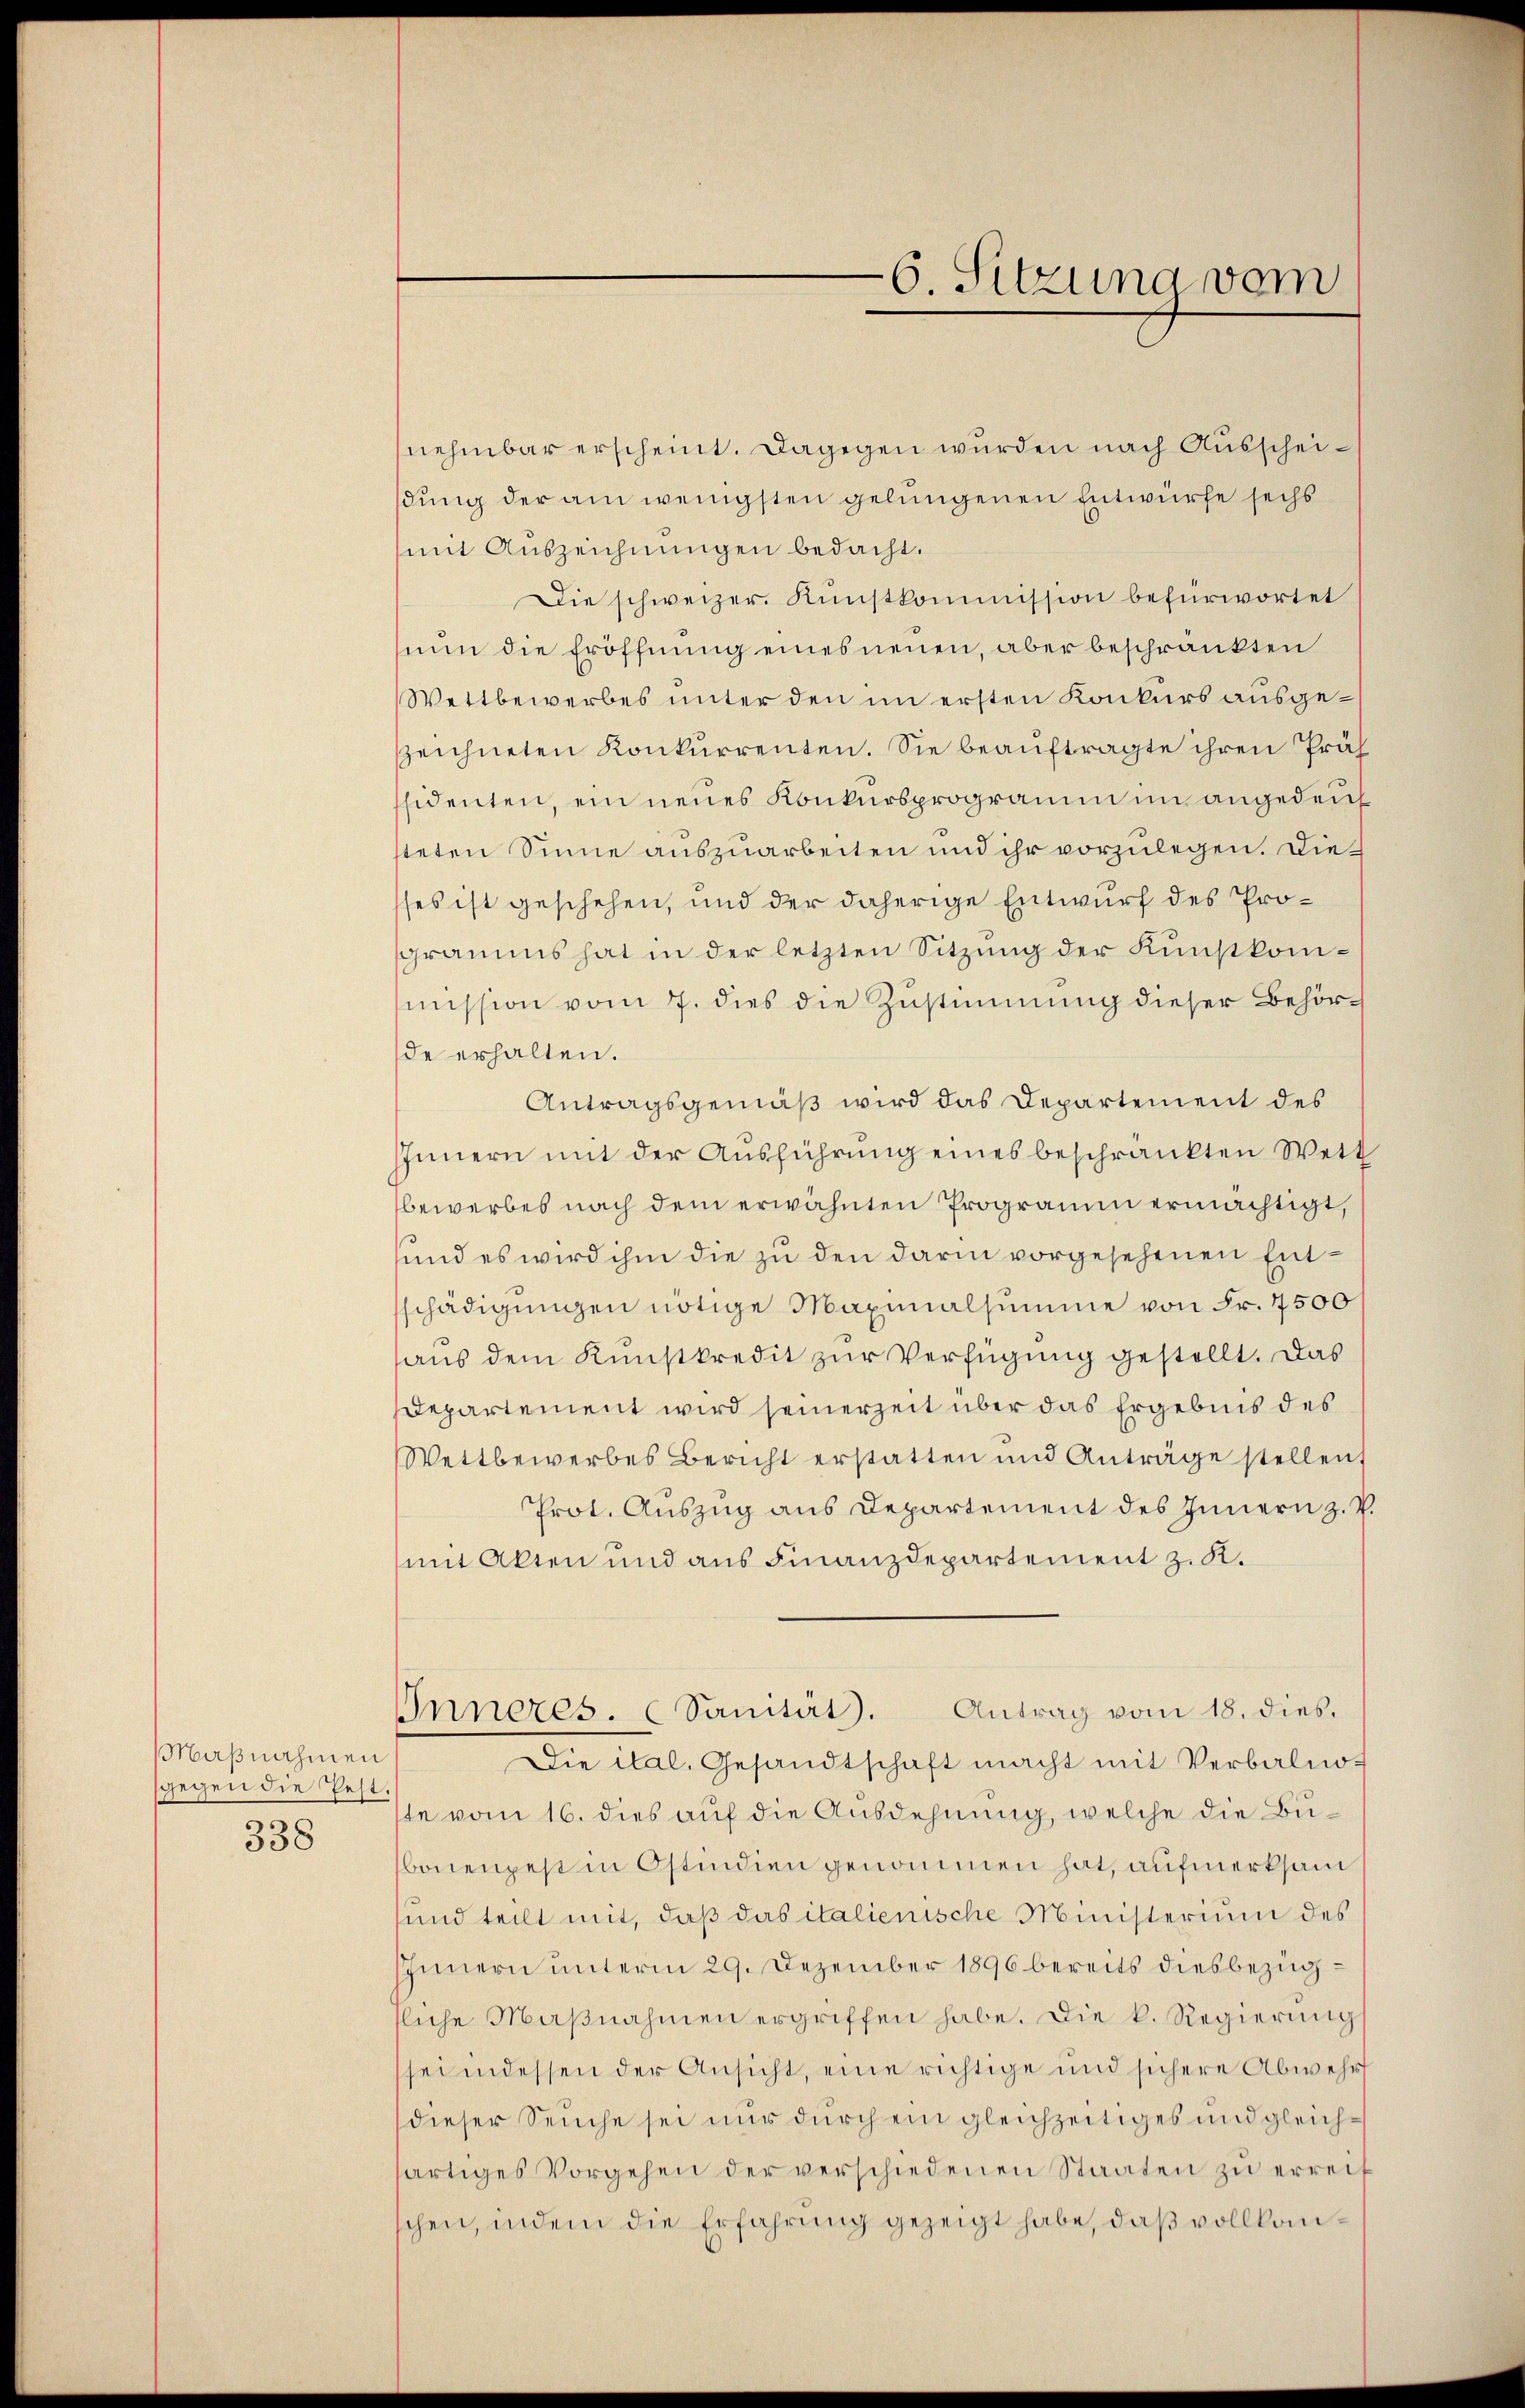
Maßnahmen
gegen die Pest
338

nehmbar erscheint. Dagegen wurden nach Ausscheidung der am wenigsten gelungenen Entwurfe sechs
mit Auszeichnungen bedacht.
Die schweizer. Kŭnstkommission befürwortet
nun die Eröffnung eines neuen, aber beschränkten
Wettbewerbes unter den im ersten Konkurs ausgezeichneten Konkurrenten. Sie beauftragte ihren Präf
ssidenten, ein neues Konkursprogramm im angedeut
steten Sinne auszuarbeiten und ihr vorzulegen. Dieses ist geschehen, und der daherige Entwurf des Programms hat in der letzten Sitzung der Kunstkommission vom 7. dies die Zustimmung dieser Behörde erhalten.
Antragsgemäß wird das Departement des
Innern mit der Ausführung eines beschränkten Wett
bewerbes nach dem erwähnten Programm ermächtigt,
und es wird ihm die zu den darin vorgesehenen Entschädigungen nötige Maximalsumme von Fr. 7500
aus dem Kunstkredit zur Verfügung gestellt. Das
departement wird seinerzeit über das Ergebnis des
Wettbewerbes Bericht erstatten und Anträge stellen,
Prot. Auszug aus Departement des Innern z. P.
mit Akten und aus Finanzdepartement z. K.
Inneres. (Sanität. Antrag vom 18. dies
Die ital, Gesandtschaft macht mit Verbalnoste vom 16. dies auf die Ausdehnung, welche die Bubouenpest in Ostindien genommen hat, aufmerksam
und teilt mit, daß das italienische Ministerium des
IInnern unterm 29. Dezember 1896 bereits diesbezugsliche Maβnahmen ergriffen habe. Die k. Regierŭng
sei indessen der Ansicht, eine richtige und sichere Abwehr
dieser Seuche sei nur durch ein gleichzeitiges und gleichärtiges Vorgehen der verschiedenen Staaten zu erreif
schen, indem die Erfahrung gezeigt habe, daß vollkom¬

6. Sitzung vom